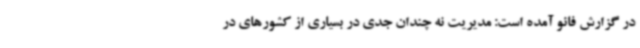
در گزارش فائو آمده است: مدیریت نه چندان جدی در بسیاری از کشورهای در